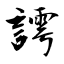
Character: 謣